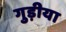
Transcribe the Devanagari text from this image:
गुड़ीया